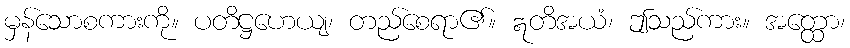
မှန်သောစကားကို။ ပတိဋ္ဌဟေယျ၊ တည်စေရာ၏။ ဣတိအယံ၊ ဤသည်ကား။ အတ္ထော၊